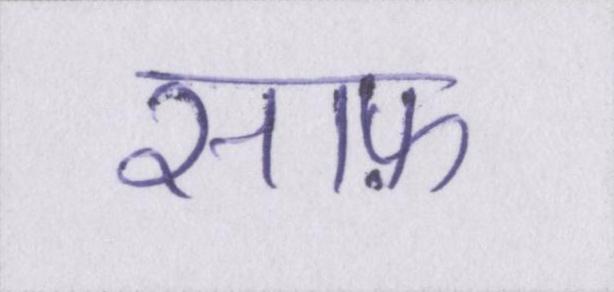
साफ़